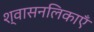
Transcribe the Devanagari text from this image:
श्वासनलिकाएँ